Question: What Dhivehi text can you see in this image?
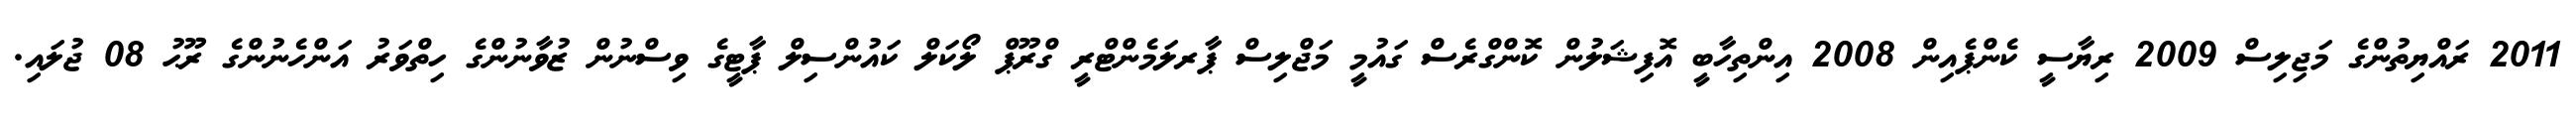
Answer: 2011 ރައްޔިތުންގެ މަޖިލިސް 2009 ރިޔާސީ ކެންޕެއިން 2008 އިންތިހާބީ އޮފިޝަލުން ކޮންގްރެސް ގައުމީ މަޖްލިސް ޕާރލަމެންޓްރީ ގްރޫޕް ލޯކަލް ކައުންސިލް ޕާޓީގެ ވިސްނުން ޒުވާނުންގެ ހިތްވަރު އަންހެނުންގެ ރޫޙު 08 ޖުލައި.